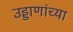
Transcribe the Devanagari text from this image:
उड्डाणांच्या